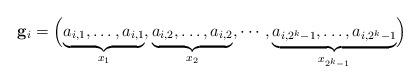
LaTeX: \begin{align*}\mathbf{g}_i = \Bigl( \underbrace{a_{i,1}, \ldots, a_{i,1}}_{x_1}, \underbrace{a_{i,2}, \ldots, a_{i,2}}_{x_2}, \cdots, \underbrace{a_{i,2^k-1}, \ldots, a_{i,2^k-1}}_{x_{2^k-1}} \Bigr)\end{align*}